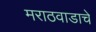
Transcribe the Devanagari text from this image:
मराठवाडाचे